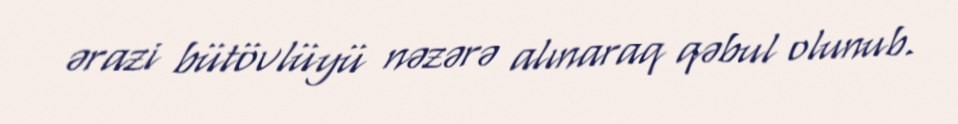
ərazi bütövlüyü nəzərə alınaraq qəbul olunub.